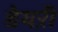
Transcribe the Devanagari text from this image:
डेयऱी